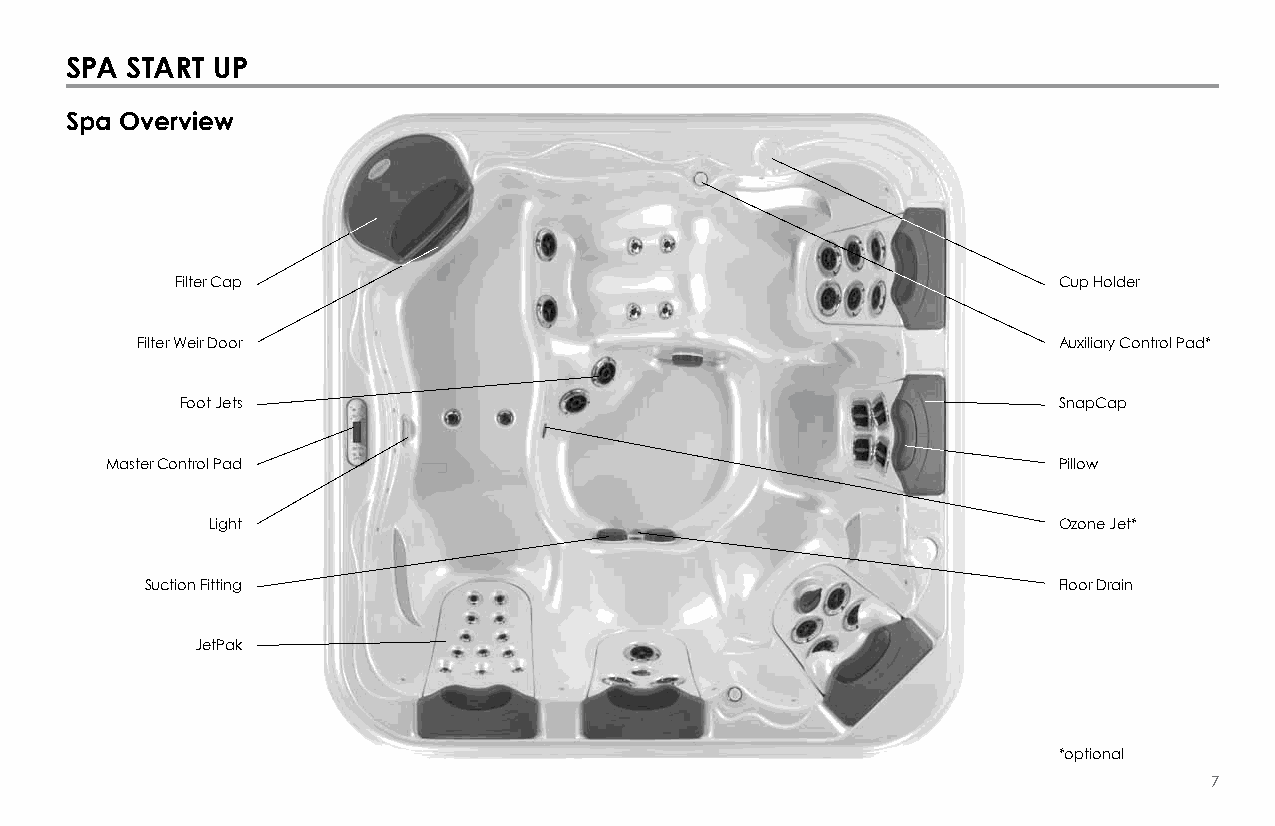
SPa STarT uP
 Spa overview
 Filter Cap                                                Cup Holder
 Filter Weir Door                                             Auxiliary Control Pad*
 Foot Jets                                                 SnapCap
 Master Control Pad                                             Pillow
 Light                                                   Ozone Jet*
 Suction Fitting                                             Floor Drain
 JetPak
 *optional
 7